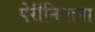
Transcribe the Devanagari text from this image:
पेर्रीनियाना